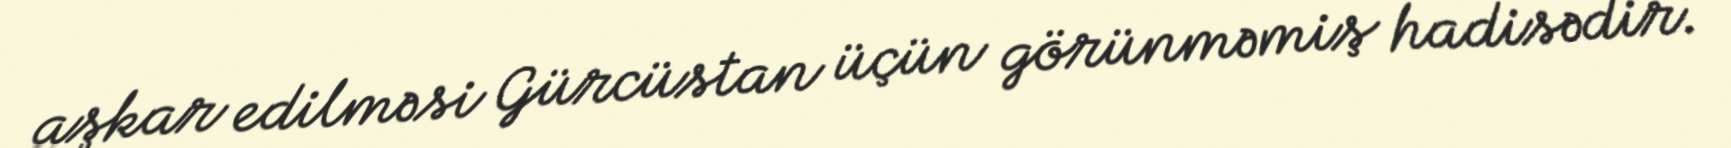
aşkar edilməsi Gürcüstan üçün görünməmiş hadisədir.